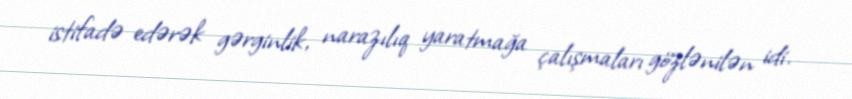
istifadə edərək gərginlik, narazılıq yaratmağa çalışmaları gözlənilən idi.